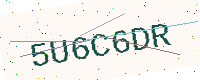
Text: 5U6C6DR